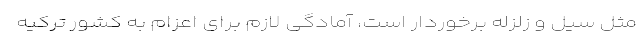
مثل سیل و زلزله برخوردار است، آمادگی لازم برای اعزام به کشور ترکیه